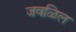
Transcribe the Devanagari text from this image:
जवळिल